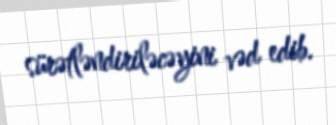
sürətləndiriləcəyini vəd edib.